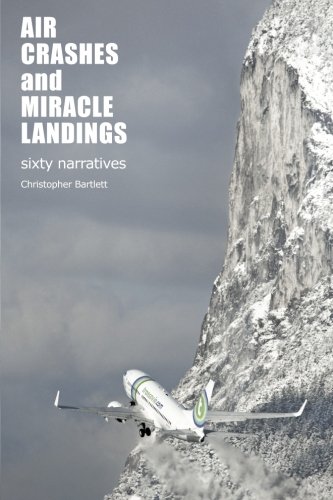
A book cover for Air Crashes and Miracle Landings: 60 Narratives: (How, When ... and Most Importantly Why); Christopher Bartlett; Travel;